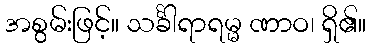
အစွမ်းဖြင့်။ သင်္ခါရာရမ္မ ဏာဝ၊ ရှိ၏။